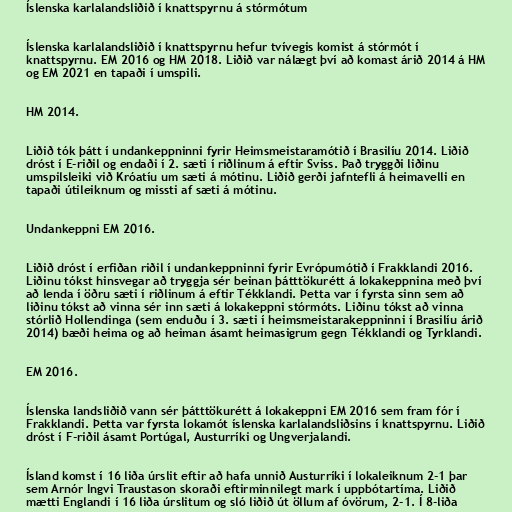
Íslenska karlalandsliðið í knattspyrnu á stórmótum

Íslenska karlalandsliðið í knattspyrnu hefur tvívegis komist á stórmót í
knattspyrnu. EM 2016 og HM 2018. Liðið var nálægt því að komast árið 2014 á HM
og EM 2021 en tapaði í umspili.

HM 2014.

Liðið tók þátt í undankeppninni fyrir Heimsmeistaramótið í Brasilíu 2014. Liðið
dróst í E-riðil og endaði í 2. sæti í riðlinum á eftir Sviss. Það tryggði liðinu
umspilsleiki við Króatíu um sæti á mótinu. Liðið gerði jafntefli á heimavelli en
tapaði útileiknum og missti af sæti á mótinu.

Undankeppni EM 2016.

Liðið dróst í erfiðan riðil í undankeppninni fyrir Evrópumótið í Frakklandi 2016.
Liðinu tókst hinsvegar að tryggja sér beinan þátttökurétt á lokakeppnina með því
að lenda í öðru sæti í riðlinum á eftir Tékklandi. Þetta var í fyrsta sinn sem að
liðinu tókst að vinna sér inn sæti á lokakeppni stórmóts. Liðinu tókst að vinna
stórlið Hollendinga (sem enduðu í 3. sæti í heimsmeistarakeppninni í Brasilíu árið
2014) bæði heima og að heiman ásamt heimasigrum gegn Tékklandi og Tyrklandi.

EM 2016.

Íslenska landsliðið vann sér þátttökurétt á lokakeppni EM 2016 sem fram fór í
Frakklandi. Þetta var fyrsta lokamót íslenska karlalandsliðsins í knattspyrnu. Liðið
dróst í F-riðil ásamt Portúgal, Austurríki og Ungverjalandi.

Ísland komst í 16 liða úrslit eftir að hafa unnið Austurríki í lokaleiknum 2-1 þar
sem Arnór Ingvi Traustason skoraði eftirminnilegt mark í uppbótartíma. Liðið
mætti Englandi í 16 liða úrslitum og sló liðið út öllum af óvörum, 2-1. Í 8-liða